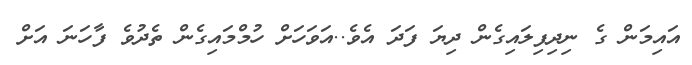
އައިމަން ގެ ނިދިފިލައިގެން ދިޔަ ފަދަ އެވެ..އަވަހަށް ހުމްމައިގެން ތެދުވެ ފާހަނަ އަށް